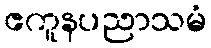
ဧကူနပညာသမံ